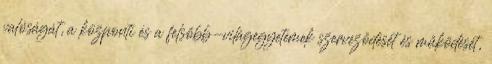
valóságát, a központi és a felsőbb-világegyetemek szerveződését és működését,